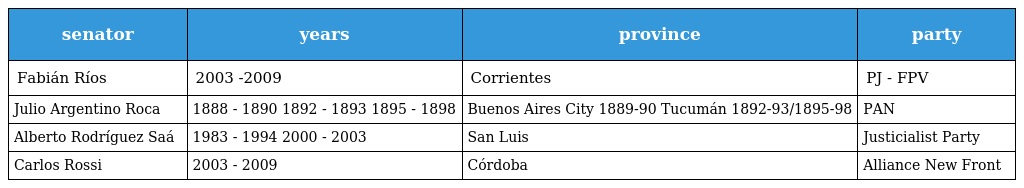
| senator | years | province | party |
 | --- | --- | --- | --- |
 | Fabián Ríos | 2003 -2009 | Corrientes | PJ - FPV |
 | Julio Argentino Roca | 1888 - 1890 1892 - 1893 1895 - 1898 | Buenos Aires City 1889-90 Tucumán 1892-93/1895-98 | PAN |
 | Alberto Rodríguez Saá | 1983 - 1994 2000 - 2003 | San Luis | Justicialist Party |
 | Carlos Rossi | 2003 - 2009 | Córdoba | Alliance New Front |